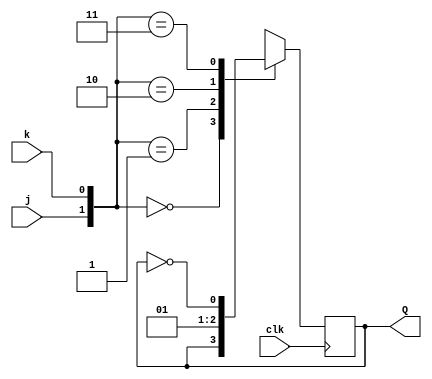
module top_module (
    input clk,
    input j,
    input k,
    output Q); 
    always @(posedge clk) begin
        case({j,k})
            2'b00: Q <= Q;
            2'b01: Q <= 0;
            2'b10: Q <= 1;
            2'b11: Q <= ~Q;
        endcase
    end
endmodule
module top_module (
    input clk,
    input j,
    input k,
    output Q); 
    wire d;
    assign d= j^k;
    always @ (posedge clk) begin
        if(d)
            Q<=j;
        else
            Q<= Q^j;
       
	end
endmodule